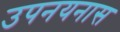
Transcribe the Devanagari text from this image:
उपनयनास